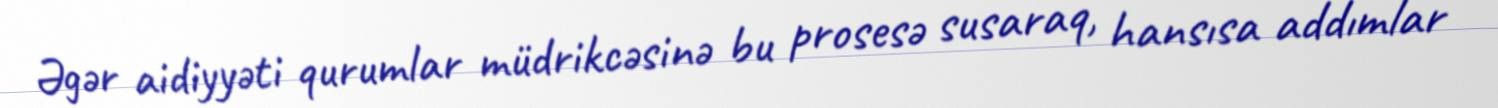
Əgər aidiyyəti qurumlar müdrikcəsinə bu prosesə susaraq, hansısa addımlar